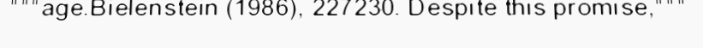
"""age.Bielenstein (1986), 227230. Despite this promise,"""